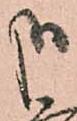
哉